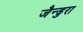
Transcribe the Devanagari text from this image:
जैन्डुरा